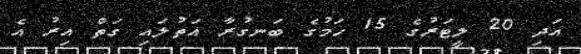
އަދި 20 ލީޓަރުގެ 15 ހަމުގެ ބަނގުރާ އަތުލައި ގަތް އިރު އެ